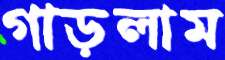
গাড়লাম